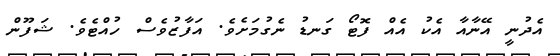
އެދުނީ އޭނާއާ އެކު އެއް ފޮޓޯ ގަނޑު ނެގުމަށެވެ. އަފާޒުވެސް ހުއްޓެވެ. ޝަފޫން